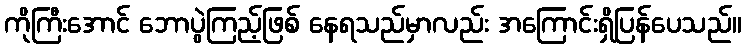
ကိုကြီးအောင် ဘောပွဲကြည့်ဖြစ် နေရသည်မှာလည်း အကြောင်းရှိပြန်ပေသည်။